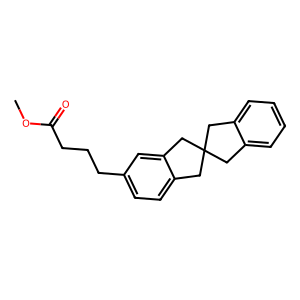
SMILES: COC(=O)CCCc1ccc2c(c1)CC1(Cc3ccccc3C1)C2
Inhibits HIV replication: No